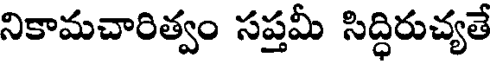
నికామచారిత్వం సప్తమీ సిద్ధిరుచ్యతే